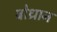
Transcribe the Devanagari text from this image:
बोध्रान